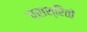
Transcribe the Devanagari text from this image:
पराश्रितों